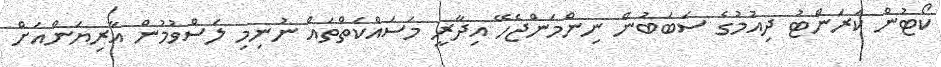
ކޯޓުން ކަރަންޓު ދިއުމުގެ ސަބަބުން ނިންމަންޖެހޭ އިދާރީ މަސައްކަތްތައް ނުނިމި ލަސްވުމުން އާރިޔަންއަށް